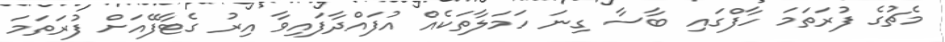
މެޗުގެ ފުރަތަމަ ހާފްގައި ބާސާ ގިނަ ހަމަލާތަކެއް އުފައްދާފައިވާ އިރު ގެޓާފޭއަށް ފުރަތަމަ